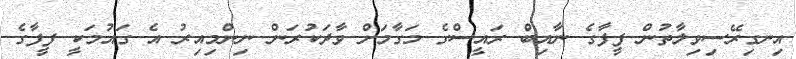
އިނގިރޭސިވިލާތުން ފީފާގެ ނާއިބް ރައީސްގެ މަގާމަށް ވާދަކުރަން ނިންމިއިރު އެ ގައުމަކީ ފީފާގެ